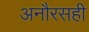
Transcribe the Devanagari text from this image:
अनौरसही